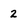
Character: 2